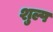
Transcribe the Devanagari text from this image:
शुल्प